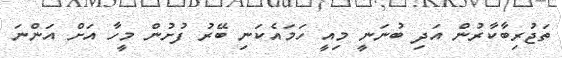
ތަޖުރިބާކާރުން އަދި ބުނަނީ މިއީ ހަމައެކަނި ބޭރު ފުށުން މީހާ އަށް އަންނަ